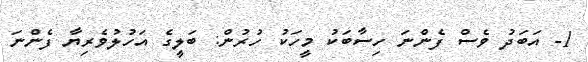
1- އަބަދު ވެސް ފެންނަ ހިސާބަކު މީހަކު ހުރުން: ބަލީގެ އަހުލުވެރިޔާ ފެންނަ